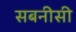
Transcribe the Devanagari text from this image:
सबनीसी